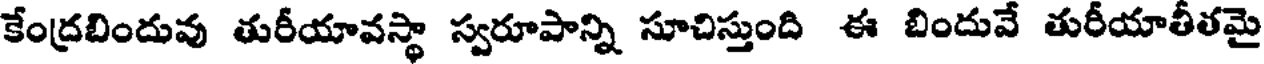
కేంద్రబిందువు తురీయావస్థా స్వరూపాన్ని సూచిస్తుంది ఈ బిందువే తురీయాతీతమై